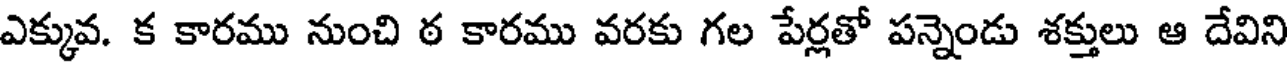
ఎక్కువ. క కారము నుంచి ఠ కారము వరకు గల పేర్లతో పన్నెండు శక్తులు ఆ దేవిని